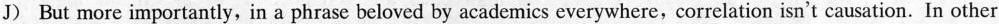
J) But more importantly, in a phrase beloved by academics everywhere, correlation isn't causation. In other